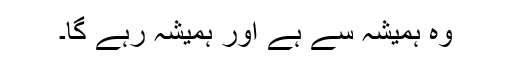
وہ ہمیشہ سے ہے اور ہمیشہ رہے گا۔